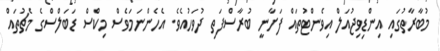
މުބާރާތުގައި އިންޑިވިޖުއަލް އިވެންޓުތައް ފަށާނީ ބުރާސްފަތި ދުވަހުއެވެ. އެހެންނަމަވެސް މިކްސް ޑަބަލްސްގެ މެޗުތައް